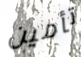
تأمين